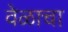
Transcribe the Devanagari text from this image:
वेळाचा